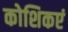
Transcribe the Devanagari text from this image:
कोशिकएं